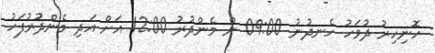
ހޮނިހިރު ދުވަހު ހެނދުނު 09:00 ން މެންދުރު 12:00 އަށް އަދި މެންދުރުފަހު